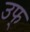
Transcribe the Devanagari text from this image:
उफ्‌